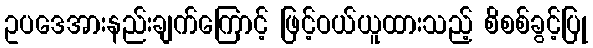
ဥပဒေအားနည်းချက်ကြောင့် ဖြင့်ဝယ်ယူထားသည့် စိစစ်ခွင့်ပြု